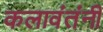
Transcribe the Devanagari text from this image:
कलावंतंनी